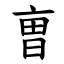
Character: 曺